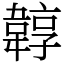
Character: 韕